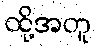
ထို့အတူ